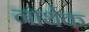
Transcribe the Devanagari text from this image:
नार्थक